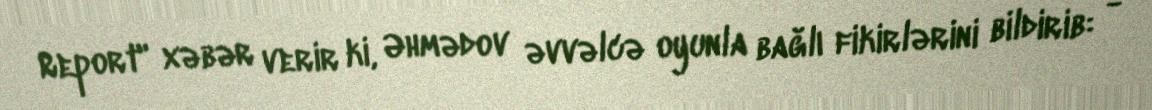
Report" xəbər verir ki, Əhmədov əvvəlcə oyunla bağlı fikirlərini bildirib: -